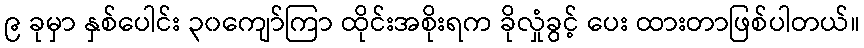
၉ ခုမှာ နှစ်ပေါင်း ၃၀ကျော်ကြာ ထိုင်းအစိုးရက ခိုလှုံခွင့် ပေး ထားတာဖြစ်ပါတယ်။